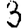
Digit: 3